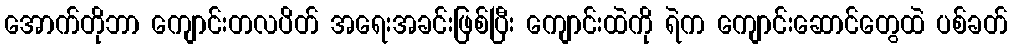
အောက်တိုဘာ ကျောင်းတလပိတ် အရေးအခင်းဖြစ်ပြီး ကျောင်းထဲကို ရဲက ကျောင်းဆောင်တွေထဲ ပစ်ခတ်